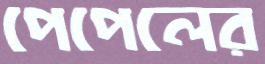
পেপেলের